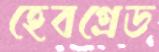
হেবগ্রেড